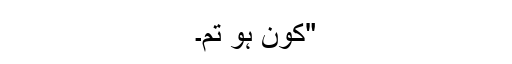
"کون ہو تم۔